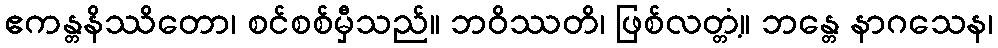
ဧကန္တနိဿိတော၊ စင်စစ်မှီသည်။ ဘဝိဿတိ၊ ဖြစ်လတ္တံ့။ ဘန္တေ နာဂသေန၊